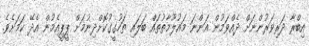
އިބްރާ ދަރިވަރުންނަށް ދެއްވަމުން އަންނަ މައުލޫމާތުތައް ބަލައި ތަހުގީގުކޮށްދިނުމަށް ޕީޕީއެމުން އެދޭ ކަމަށެވެ.